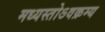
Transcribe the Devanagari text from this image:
मध्यस्तोऽवक्रम्य